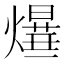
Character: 𤑻